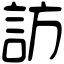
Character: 訪